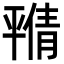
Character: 𫷝